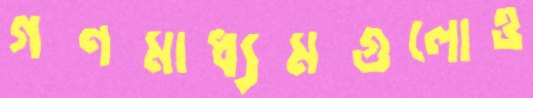
গণমাধ্যমগুলোও